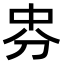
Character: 𠛸